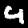
Label: 4